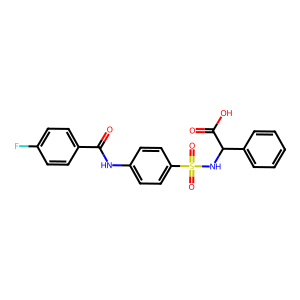
SMILES: O=C(Nc1ccc(S(=O)(=O)NC(C(=O)O)c2ccccc2)cc1)c1ccc(F)cc1
Inhibits HIV replication: No